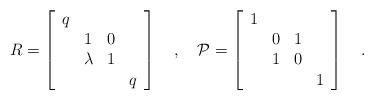
LaTeX: \begin{align*}R=\left[\begin{array}{llll}q & \, & \, & \, \\\, & 1 & 0 & \, \\\, & \lambda & 1 & \, \\\, & \, & \, & q\end{array}\right]\quad , \quad{\cal P}=\left[\begin{array}{llll}1 & \, & \, & \, \\\, & 0 & 1 & \, \\\, & 1 & 0 & \, \\\, & \, & \, & 1\end{array}\right]\quad .\end{align*}